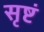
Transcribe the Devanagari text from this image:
सृष्टं